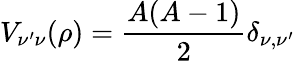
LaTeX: V_{\nu^{\prime}\nu}(\rho)=\frac{A(A-1)}{2}\delta_{\nu,\nu^{\prime}}